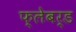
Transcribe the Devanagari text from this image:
फ्लेबर्ड